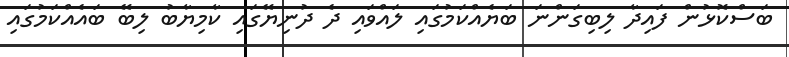
ބަސްކޮޅުން ފައިދާ ލިބިގަންނަ ބަޔެއްކަމުގައި ލައްވައި ދެ ދުނިޔޭގައި ކާމިޔާބު ލިބޭ ބައެއްކަމުގައި